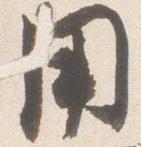
用